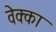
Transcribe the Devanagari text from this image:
वेक्का